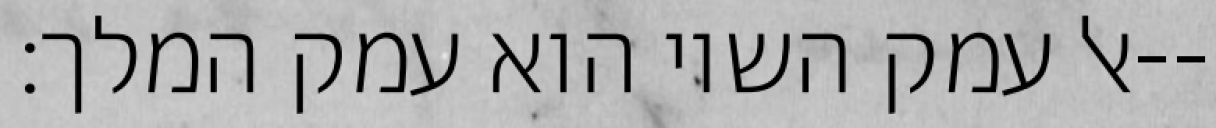
אל עמק השוי הוא עמק המלך׃--